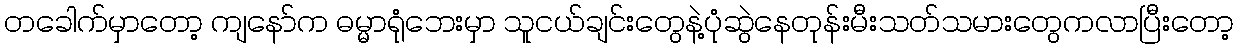
တခေါက်မှာတော့ ကျနော်က ဓမ္မာရုံဘေးမှာ သူငယ်ချင်းတွေနဲ့ပုံဆွဲနေတုန်းမီးသတ်သမားတွေကလာပြီးတော့